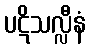
ပဋိသလ္လီနံ